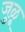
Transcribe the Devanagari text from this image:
जुळू